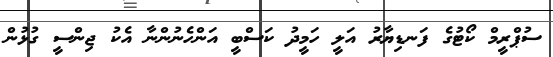
ސުޕްރީމް ކޯޓުގެ ފަނޑިޔާރު އަލީ ހަމީދު ކަސްބީ އަންހެނުންނާ އެކު ޖިންސީ ގުޅުން